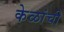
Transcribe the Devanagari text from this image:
केळांची